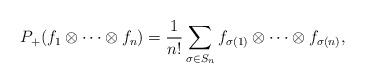
LaTeX: \begin{align*}P_+ (f_1 \otimes \dots \otimes f_n) = \frac{1}{n!} \sum_{\sigma \in S_n} f_{\sigma(1)} \otimes \dots \otimes f_{\sigma(n)},\end{align*}